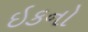
ઇકનો